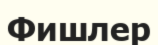
Фишлер